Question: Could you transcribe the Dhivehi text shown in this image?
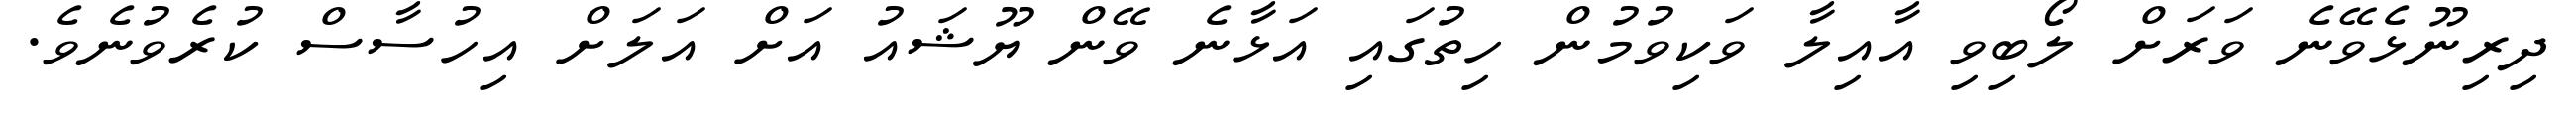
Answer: ދިރިނޫޅެވޭނެ ވަރަށް ލޯބިވި އާއިލާ ވަކިވުމުން ހިތުގައި އަޅާނެ ވޭން ޔޫޝައު އަށް އަލަށް އިހުސާސް ކުރެވުނެވެ.